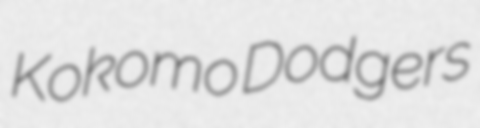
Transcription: Kokomo Dodgers